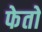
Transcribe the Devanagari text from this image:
फेतो